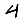
Digit: 4